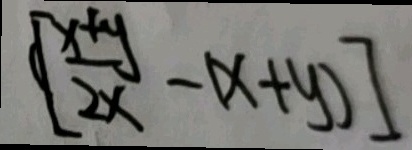
[ \frac { x + y } { 2 x } - ( x + y ) ]